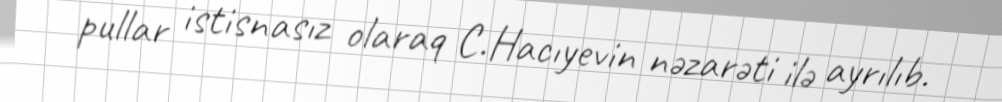
pullar istisnasız olaraq C.Hacıyevin nəzarəti ilə ayrılıb.